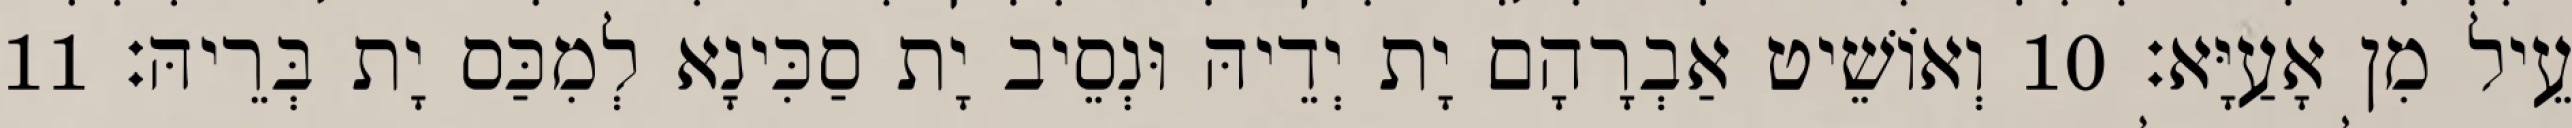
עֵיל מִן אָעַיָּא׃ 10 וְאוֹשֵׁיט אַבְרָהָם יָת יְדֵיהּ וּנְסֵיב יָת סַכִּינָא לְמִכַּס יָת בְּרֵיהּ׃ 11